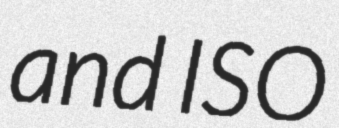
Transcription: and ISO